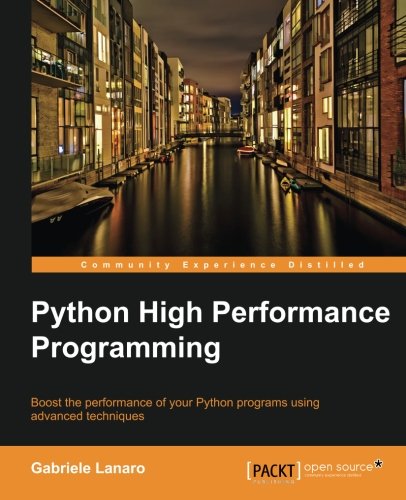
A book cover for Python High Performance Programming; Gabriele Lanaro; Computers & Technology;